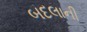
બદલાની